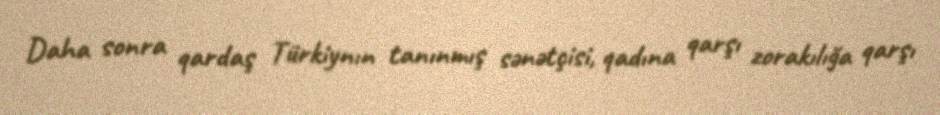
Daha sonra qardaş Türkiynın tanınmış sənətçisi, qadına qarşı zorakılığa qarşı